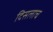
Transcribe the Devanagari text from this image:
दिसलाच